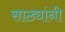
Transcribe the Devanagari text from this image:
साठ्यांनी